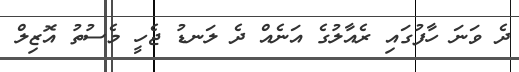
ދެ ވަނަ ހާފުގައި ރެއާލުގެ އަނެއް ދެ ލަނޑު ޖެހީ މެސުތު އޮޒިލް